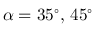
\alpha = 3 5 ^ { \circ } , \, 4 5 ^ { \circ }